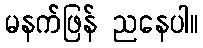
မနက်ဖြန် ညနေပါ။